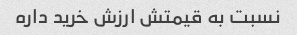
نسبت به قیمتش ارزش خرید داره